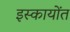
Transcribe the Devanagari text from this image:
इस्कायोंत